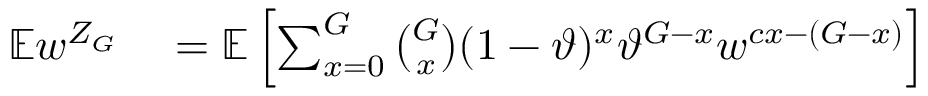
\begin{array} { r l } { \mathbb { E } w ^ { Z _ { G } } } & { { } = \mathbb { E } \left[ \sum _ { x = 0 } ^ { G } { \binom { G } { x } } ( 1 - \vartheta ) ^ { x } \vartheta ^ { G - x } w ^ { c x - ( G - x ) } \right] } \end{array}